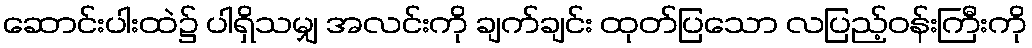
ဆောင်းပါးထဲ၌ ပါရှိသမျှ အလင်းကို ချက်ချင်း ထုတ်ပြသော လပြည့်ဝန်းကြီးကို